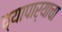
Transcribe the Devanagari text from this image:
व्यापार्‍याचा